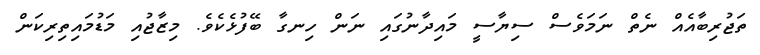
ތަޖުރިބާއެއް ނެތް ނަމަވެސް ސިޔާސީ މައިދާނުގައި ނަން ހިނގާ ބޭފުޅެކެވެ. މިޒާޖުއި މަޑުމައިތިރިކަން